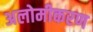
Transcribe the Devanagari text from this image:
अलोमीकरण